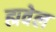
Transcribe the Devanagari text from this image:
ह्मवेल